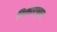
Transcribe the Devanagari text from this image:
विकारयुक्त